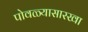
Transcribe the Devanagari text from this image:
पोवळ्यासारखा